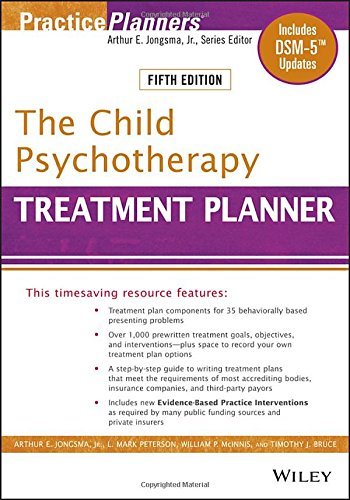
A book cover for The Child Psychotherapy Treatment Planner: Includes DSM-5 Updates; Arthur E. Jongsma Jr.; Medical Books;